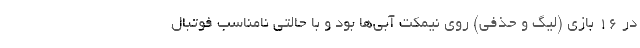
در 16 بازی (لیگ و حذفی) روی نیمکت آبی‌ها بود و با حالتی نامناسب فوتبال